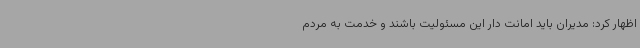
اظهار کرد: مدیران باید امانت دار این مسئولیت باشند و خدمت به مردم